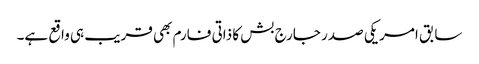
سابق امریکی صدر جارج بش کا ذاتی فارم بھی قریب ہی واقع ہے۔